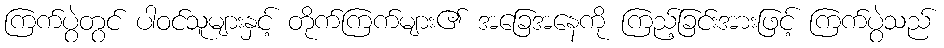
ကြက်ပွဲတွင် ပါဝင်သူများနှင့် တိုက်ကြက်များ၏ အခြေအနေကို ကြည့်ခြင်းအားဖြင့် ကြက်ပွဲသည်